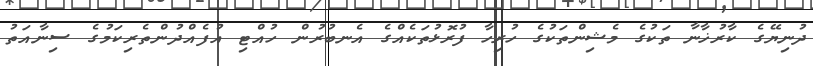
ދުނިޔޭގެ ކާރުޚާނާ ތަކުގެ މެޝިންތަކުގެ ހުރިހާ ފުރޮޅުތަކެއްގެ އެނބުރުން ހުއްޓި އުފެއްދުންތެރިކަމުގެ ސިނާއަތު